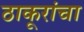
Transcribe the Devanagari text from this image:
ठाकूरांचा